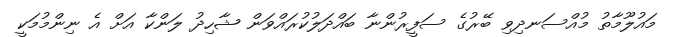
މައުލޫމާތު މުއްސަނދިވި ބޭރުގެ ސަފީރުންނާ ބައްދަލުކުރައްވަން ޝާހިދު ލަންކާ އަށް އެ ނިންމުމަކީ